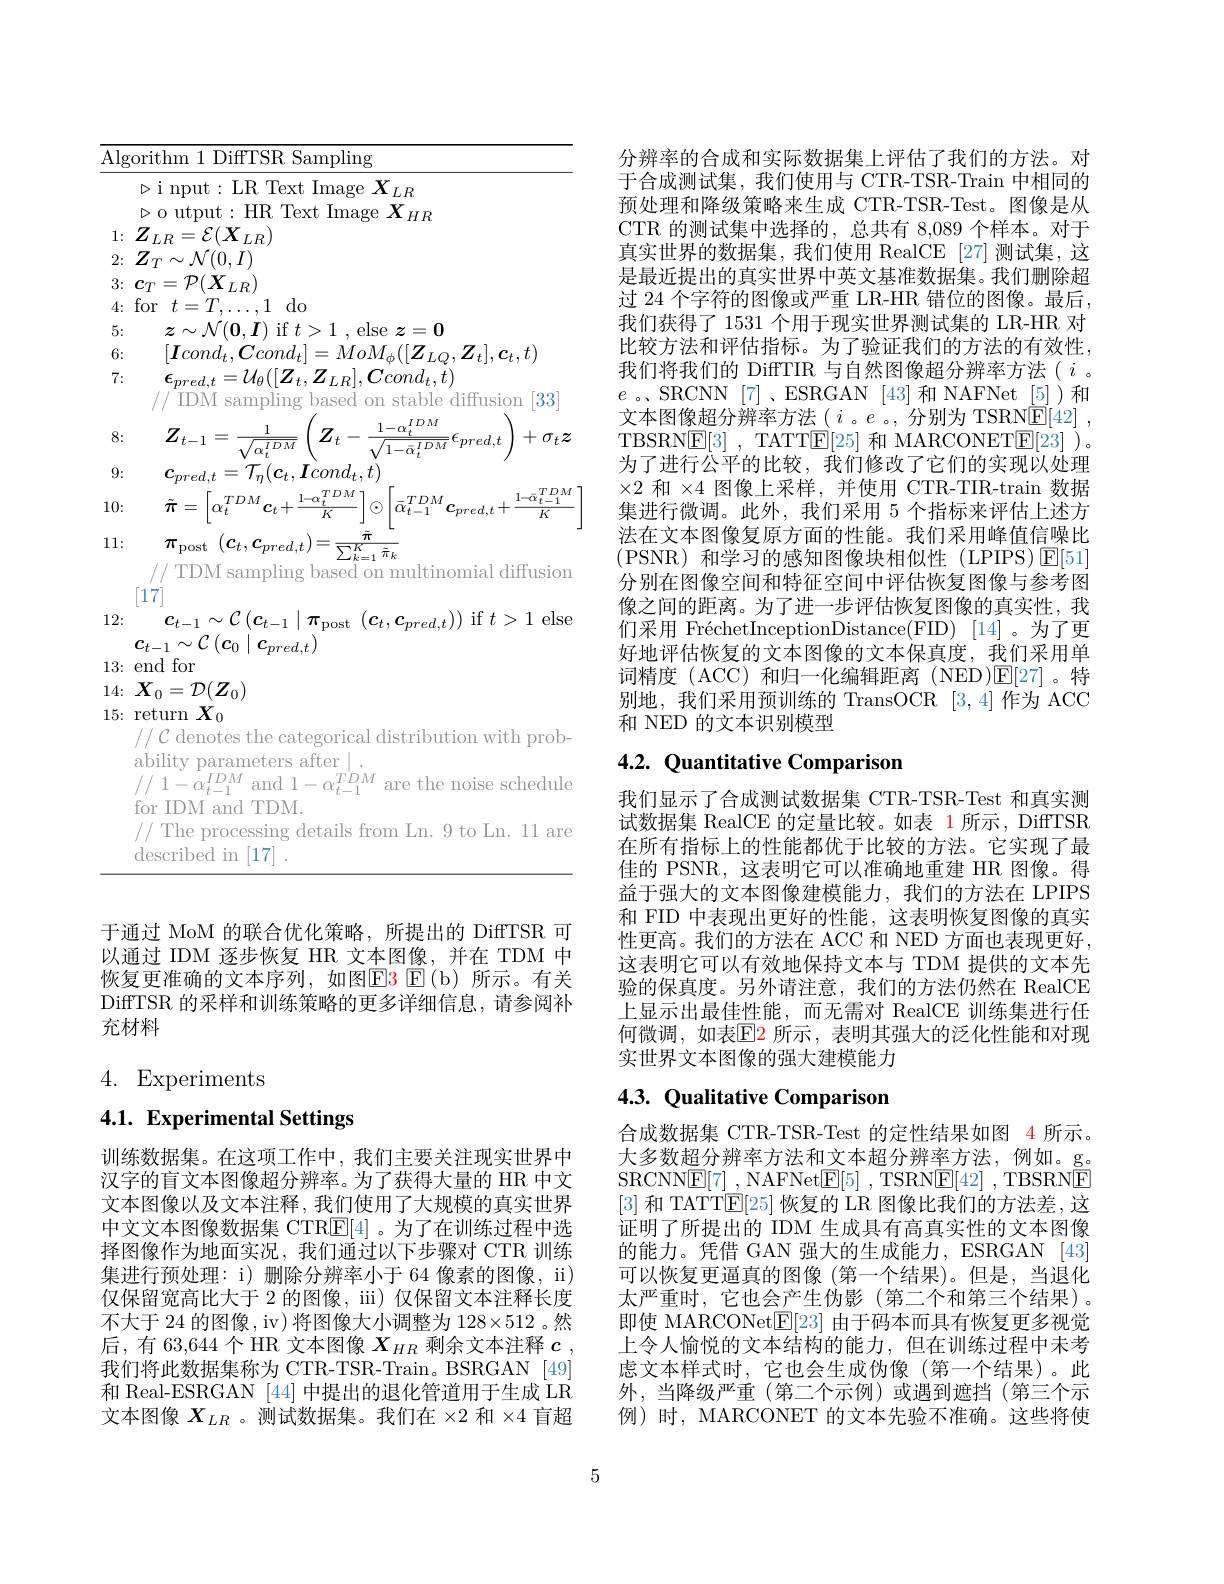
$\overline{\text{Algorithm 1 DiffTSR Sampling}}$
$\triangleright$i nput:LR Text Image $X_LR$ $\triangleright$o utput:HR Text Image $X_HR$
1: $Z_{LR}= \mathcal{E} ( \boldsymbol{X}_{LR})$ $2\nobreak {: } $ $Z_{T}\sim \mathcal{N} ( 0, I)$ 3{:} $\boldsymbol{c}_{T}= \mathcal{P} ( \overset {^{\prime }}{\operatorname* { \boldsymbol{X}} }_{LR}^{^{\prime }})$ 4{:}for$t=T,\ldots,1$do
5:
$z\sim\mathcal{N}(\mathbf{0},\boldsymbol{I})$ if $t>1$ , else $\boldsymbol{z}=\mathbf{0}$
6:
$[\boldsymbol{I}cond_{t},\boldsymbol{C}cond_{t}]=MoM_{\phi}([\boldsymbol{Z}_{LQ},\boldsymbol{Z}_{t}],\boldsymbol{c}_{t},t)$
7:
$\epsilon_{pred,t}=\mathcal{U}_{\theta}([Z_{t},Z_{LR}],Ccond_{t},\dot{t})$
// IDM sampling based on stable diffusion [33]
8: 9: 10:
$\tilde{\boldsymbol{\pi}}=\left[\alpha_{t}^{TDM}\boldsymbol{c}_{t}+\frac{1-\alpha_{t}^{TDM}}{K}\right]\odot\left[\bar{\alpha}_{t-1}^{TDM}\boldsymbol{c}_{pred,t}+\frac{1-\bar{\alpha}_{t-1}^{TDM}}{K}\right]$
11:
$\pi _{\mathrm{post}}$ $( \boldsymbol{c}_{t}, \boldsymbol{c}_{pred, t}) = \frac {\tilde{\pi } }{\sum _{k= 1}^{K}\tilde{\pi } _{k}}$
// TDM sampling based on multinomial diffusion
[17]
12:
$c_{t- 1}\sim \mathcal{C} \left ( c_{t- 1}\mid \pi _{\mathrm{post}}\left ( \boldsymbol{c}_{t}, \boldsymbol{c}_{pred, t}\right ) \right )$if $t>1$ else
$c_{t-1}\sim\mathcal{C}\left(c_{0}\mid c_{pred,t}\right)$
$\begin{array}{ll}{13:}&{\mathrm{end~for}}\\{14:}&{X_0=\mathcal{D}(Z_0)}\end{array}$
15{:} return $X_0$
$//\mathcal{C}$ denotes the categorical distribution with prob-
ability parameters after |.
$//1-\alpha_{t-1}^{IDM}$ and $1-\alpha_t-1^TDM$ are the noise schedule

for IDM and TDM.
// The processing details from Ln. 9 to Ln. 11 are
$\operatorname{described}$ in [17].

于通过 MoM 的联合优化策略，所提出的 DiffTSR 可以通过 IDM 逐步恢复 HR 文本图像，并在 TDM 中恢复更准确的文本序列，如图$\color{red}{\mathrm{E3~E(b)}}$所示。有关DiffTSR 的采样和训练策略的更多详细信息，请参阅补充材料

4. Experiments

4.1. Experimental Settings

训练数据集。在这项工作中，我们主要关注现实世界中汉字的盲文本图像超分辨率。为了获得大量的 HR 中文文本图像以及文本注释，我们使用了大规模的真实世界中文文本图像数据集 CTR$\boxed{\mathrm{F}}[4]$ 。为了在训练过程中选择图像作为地面实况，我们通过以下步骤对 CTR 训练集进行预处理：i) 删除分辨率小于 64 像素的图像，ii) 仅保留宽高比大于 2 的图像，iii) 仅保留文本注释长度不大于 24 的图像，iv) 将图像大小调整为 128×512 。然后，有 63,644个 HR 文本图像$X_{HR}$剩余文本注释$c$, 我们将此数据集称为 CTR-TSR-Train。BSRGAN [49] 和 Real-ESRGAN [44] 中提出的退化管道用于生成 LR 文本图像$X_LR$ 。测试数据集。我们在$\times2$和$\times4$盲超

分辨率的合成和实际数据集上评估了我们的方法。对于合成测试集，我们使用与 CTR-TSR-Train 中相同的预处理和降级策略来生成 CTR-TSR-Test。图像是从CTR 的测试集中选择的，总共有 8,089 个样本。对于真实世界的数据集，我们使用 RealCE [27] 测试集，这是最近提出的真实世界中英文基准数据集。我们删除超过 24 个字符的图像或严重 LR-HR 错位的图像。最后， 我们获得了 1531 个用于现实世界测试集的 LR-HR 对比较方法和评估指标。为了验证我们的方法的有效性， 我们将我们的 DiffTIR 与自然图像超分辨率方法( $i$ 。$e$ 。SRCNN [7] ,ESRGAN [43]和 NAFNet [5])和文本图像超分辨率方法$(i$ 。$e$ 。,分别为 TSRN$\underline {\mathrm{E} }[ 42]$ ,
$\begin{aligned}&\boldsymbol{Z}_{t-1}=\frac{1}{\sqrt{\alpha_{t}^{IDM}}}\left(\boldsymbol{Z}_{t}-\frac{1-\alpha_{t}^{IDM}}{\sqrt{1-\alpha_{t}^{IDM}}}\epsilon_{pred,t}\right)+\sigma_{t}\boldsymbol{z}&&\text{文本图像超分辨率方法(}i\text{。}e\text{。,分别为 TSRNE[42]},\\&\boldsymbol{c}_{pred,t}=\mathcal{T}_{\eta}(\boldsymbol{c}_{t},\boldsymbol{I}cond_{t},t)&&\text{为了进行公平的比较，我们修改了它们的实现以处理}\\&&\text{为了进行公平的比较，我们修改了它们的实现以处理}\\&\text{333 和}\times A\end{aligned}$
$\times2$和$\times4$图像上采样，并使用 CTR-TIR-train 数据集进行微调。此外，我们采用 5 个指标来评估上述方法在文本图像复原方面的性能。我们采用峰值信噪比(PSNR)和学习的感知图像块相似性(LPIPS)E[51] 分别在图像空间和特征空间中评估恢复图像与参考图像之间的距离。为了进一步评估恢复图像的真实性，我们采用 FréchetInceptionDistance(FID) [14]。为了更好地评估恢复的文本图像的文本保真度，我们采用单词精度 (ACC) 和归一化编辑距离 (NED)$\mathbb{E}[27]$。特别地，我们采用预训练的 TransOCR [3,4]作为 ACC 和 NED 的文本识别模型

## 4.2. Quantitative Comparison

我们显示了合成测试数据集 CTR-TSR-Test 和真实测试数据集 RealCE 的定量比较。如表 1 所示，DiffTSR 在所有指标上的性能都优于比较的方法。它实现了最佳的 PSNR,这表明它可以准确地重建 HR 图像。得益于强大的文本图像建模能力，我们的方法在 LPIPS 和 FID 中表现出更好的性能，这表明恢复图像的真实性更高。我们的方法在 ACC 和 NED 方面也表现更好， 这表明它可以有效地保持文本与 TDM 提供的文本先验的保真度。另外请注意，我们的方法仍然在 RealCE 上显示出最佳性能，而无需对 RealCE 训练集进行任何微调，如表$\color{red}{\mathrm{E}}\color{blue}{\mathrm{E}}\color{blue}{\mathrm{E}}\color{blue}{\mathrm{~所示~,~表明其强大的泛化性能和对现}}$ 实世界文本图像的强大建模能力

# 4.3. Qualitative Comparison

合成数据集 CTR-TSR-Test 的定性结果如图 4 所示。大多数超分辨率方法和文本超分辨率方法，例如。g。SRCNN$\underline {\mathrm{E} }[ 7]$ , NAFNet$\underline {\mathrm{E} }[ 5]$ ,TSRN$\underline {\mathrm{E} }[ 42]$ ,TBSRNE [3]和 TATT$\mathbb{E}[25]$恢复的 LR 图像比我们的方法差，这证明了所提出的 IDM 生成具有高真实性的文本图像的能力。凭借 GAN 强大的生成能力，ESRGAN [43] 可以恢复更逼真的图像 (第一个结果)。但是，当退化太严重时，它也会产生伪影(第二个和第三个结果)。即使 MARCONet$\mathbb{E}[23]$由于码本而具有恢复更多视觉上令人愉悦的文本结构的能力，但在训练过程中未考虑文本样式时，它也会生成伪像(第一个结果)。此外，当降级严重(第二个示例)或遇到遮挡(第三个示例)时，MARCONET 的文本先验不准确。这些将使

5